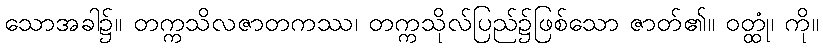
သောအခါ၌။ တက္ကသိလဇာတကဿ၊ တက္ကသိုလ်ပြည်၌ဖြစ်သော ဇာတ်၏။ ဝတ္ထုံ၊ ကို။